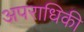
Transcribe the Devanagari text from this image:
अपराधिकी